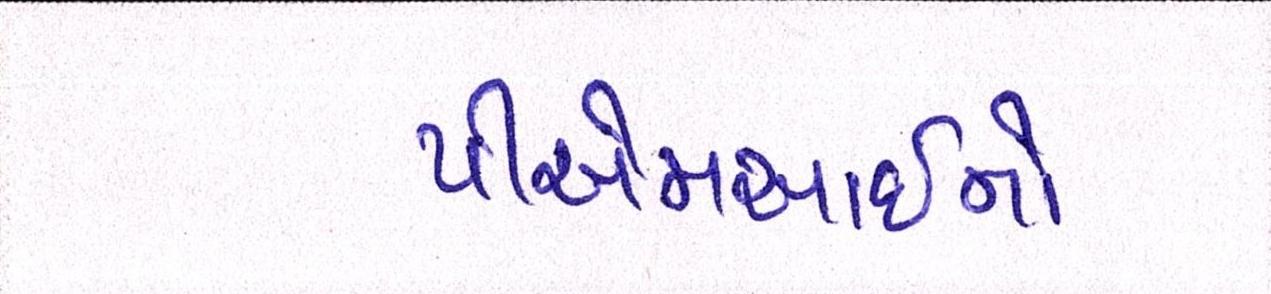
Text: પીએમઆઇનો